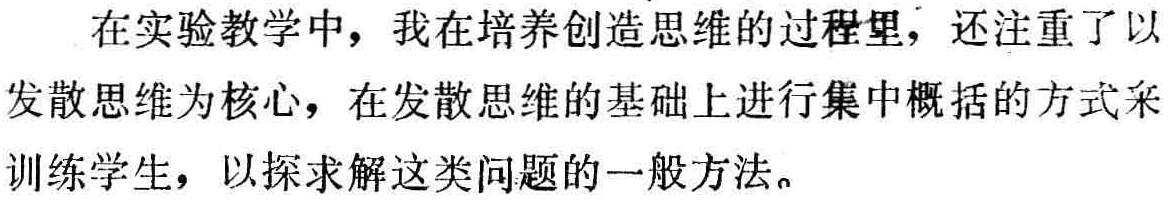
在实验教学中，我在培养创造思维的过程里，还注重了以

发散思维为核心，在发散思维的基础上进行集中概括的方式来

训练学生，以探求解这类问题的一般方法。